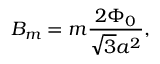
B _ { m } = m \frac { 2 \Phi _ { 0 } } { \sqrt { 3 } a ^ { 2 } } ,